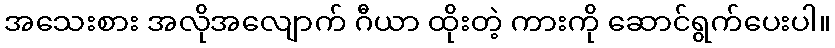
အသေးစား အလိုအလျောက် ဂီယာ ထိုးတဲ့ ကားကို ဆောင်ရွက်ပေးပါ။